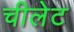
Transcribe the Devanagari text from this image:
चीलेट